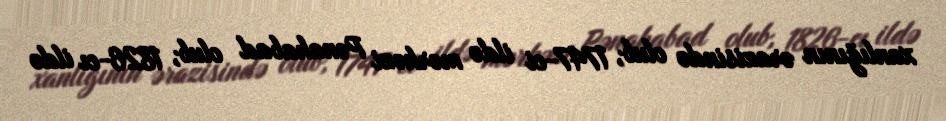
xanlığının ərazisində olub, 1747-ci ildə mərkəzi Pənahabad olub, 1826-cı ildə